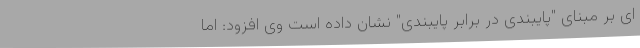
ای بر مبنای "پایبندی در برابر پایبندی" نشان داده است وی افزود: اما